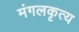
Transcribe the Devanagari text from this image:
मंगलकृत्य